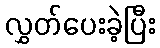
လွှတ်ပေးခဲ့ပြီး